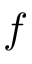
f